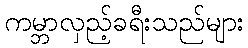
ကမ္ဘာလှည့်ခရီးသည်များ